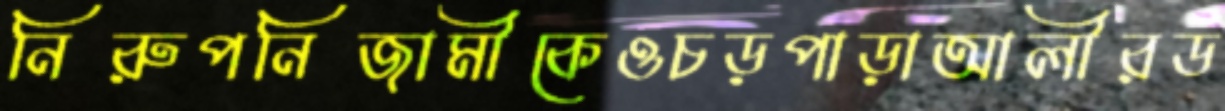
নিরুপনিজামীকেওচড়পাড়াআলীরড